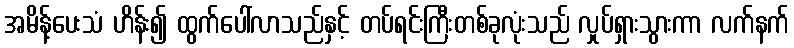
အမိန့်ပေးသံ ဟိန်း၍ ထွက်ပေါ်လာသည်နှင့် တပ်ရင်းကြီးတစ်ခုလုံးသည် လှုပ်ရှားသွားကာ လက်နက်